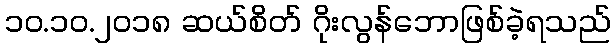
၁၀.၁၀.၂၀၁၈ ဆယ်စိတ် ဂိုးလွန်ဘောဖြစ်ခဲ့ရသည်